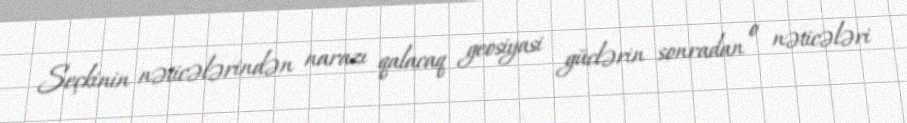
Seçkinin nəticələrindən narazı qalacaq geosiyasi güclərin sonradan o nəticələri